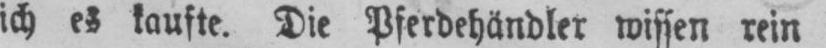
ich es kaufte. Die Pferdehändler wissen rein